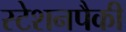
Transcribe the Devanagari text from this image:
स्टेशनपैकी